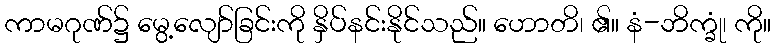
ကာမဂုဏ်၌ မွေ့လျော်ခြင်းကို နှိပ်နင်းနိုင်သည်။ ဟောတိ၊ ၏။ နံ-ဘိက္ခုံ၊ ကို။